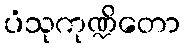
ပံသုကုဏ္ဍိတော